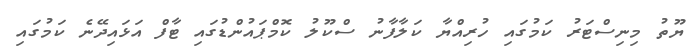
ޔޫތު މިނިސްޓަރު ކަމުގައި ހުރިއްޔާ ކަލާފާނު ސްކޫލު ކޮމްޕައުންޑުގައި ޓާފް އަޅައިދޭނެ ކަމުގައި